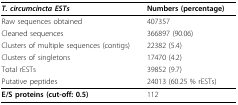
| T. circumcincta ESTs | Numbers (percentage) |
 | --- | --- |
 | Raw sequences obtained | 407357 |
 | Cleaned sequences | 366897 (90.06) |
 | Clusters of multiple sequences (contigs) | 22382 (5.4) |
 | Clusters of singletons | 17470 (4.2) |
 | Total rESTs | 39852 (9.7) |
 | Putative peptides | 24013 (60.25 % rESTs) |
 | E/S proteins (cut-off: 0.5) | 112 |